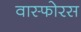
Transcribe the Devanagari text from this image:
वास्फोरस